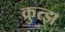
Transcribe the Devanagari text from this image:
क्रुत्झ